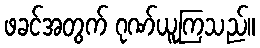
ဖခင်အတွက် ဂုဏ်ယူကြသည်။